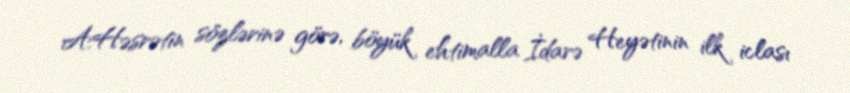
A.Həsrətin sözlərinə görə, böyük ehtimalla İdarə Heyətinin ilk iclası